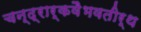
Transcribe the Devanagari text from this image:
चन्द्रार्कवैभवतीर्थ